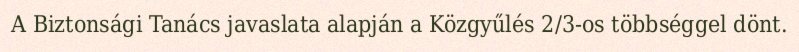
A Biztonsági Tanács javaslata alapján a Közgyűlés 2/3-os többséggel dönt.